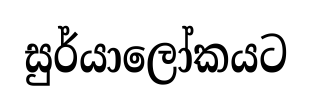
සුර්යාලෝකයට